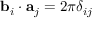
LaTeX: \mathbf { b } _ { i } \cdot \mathbf { a } _ { j } = 2 \pi \delta _ { i j }